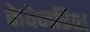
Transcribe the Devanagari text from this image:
केवेनडिश